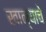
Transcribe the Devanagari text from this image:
खान्याचे